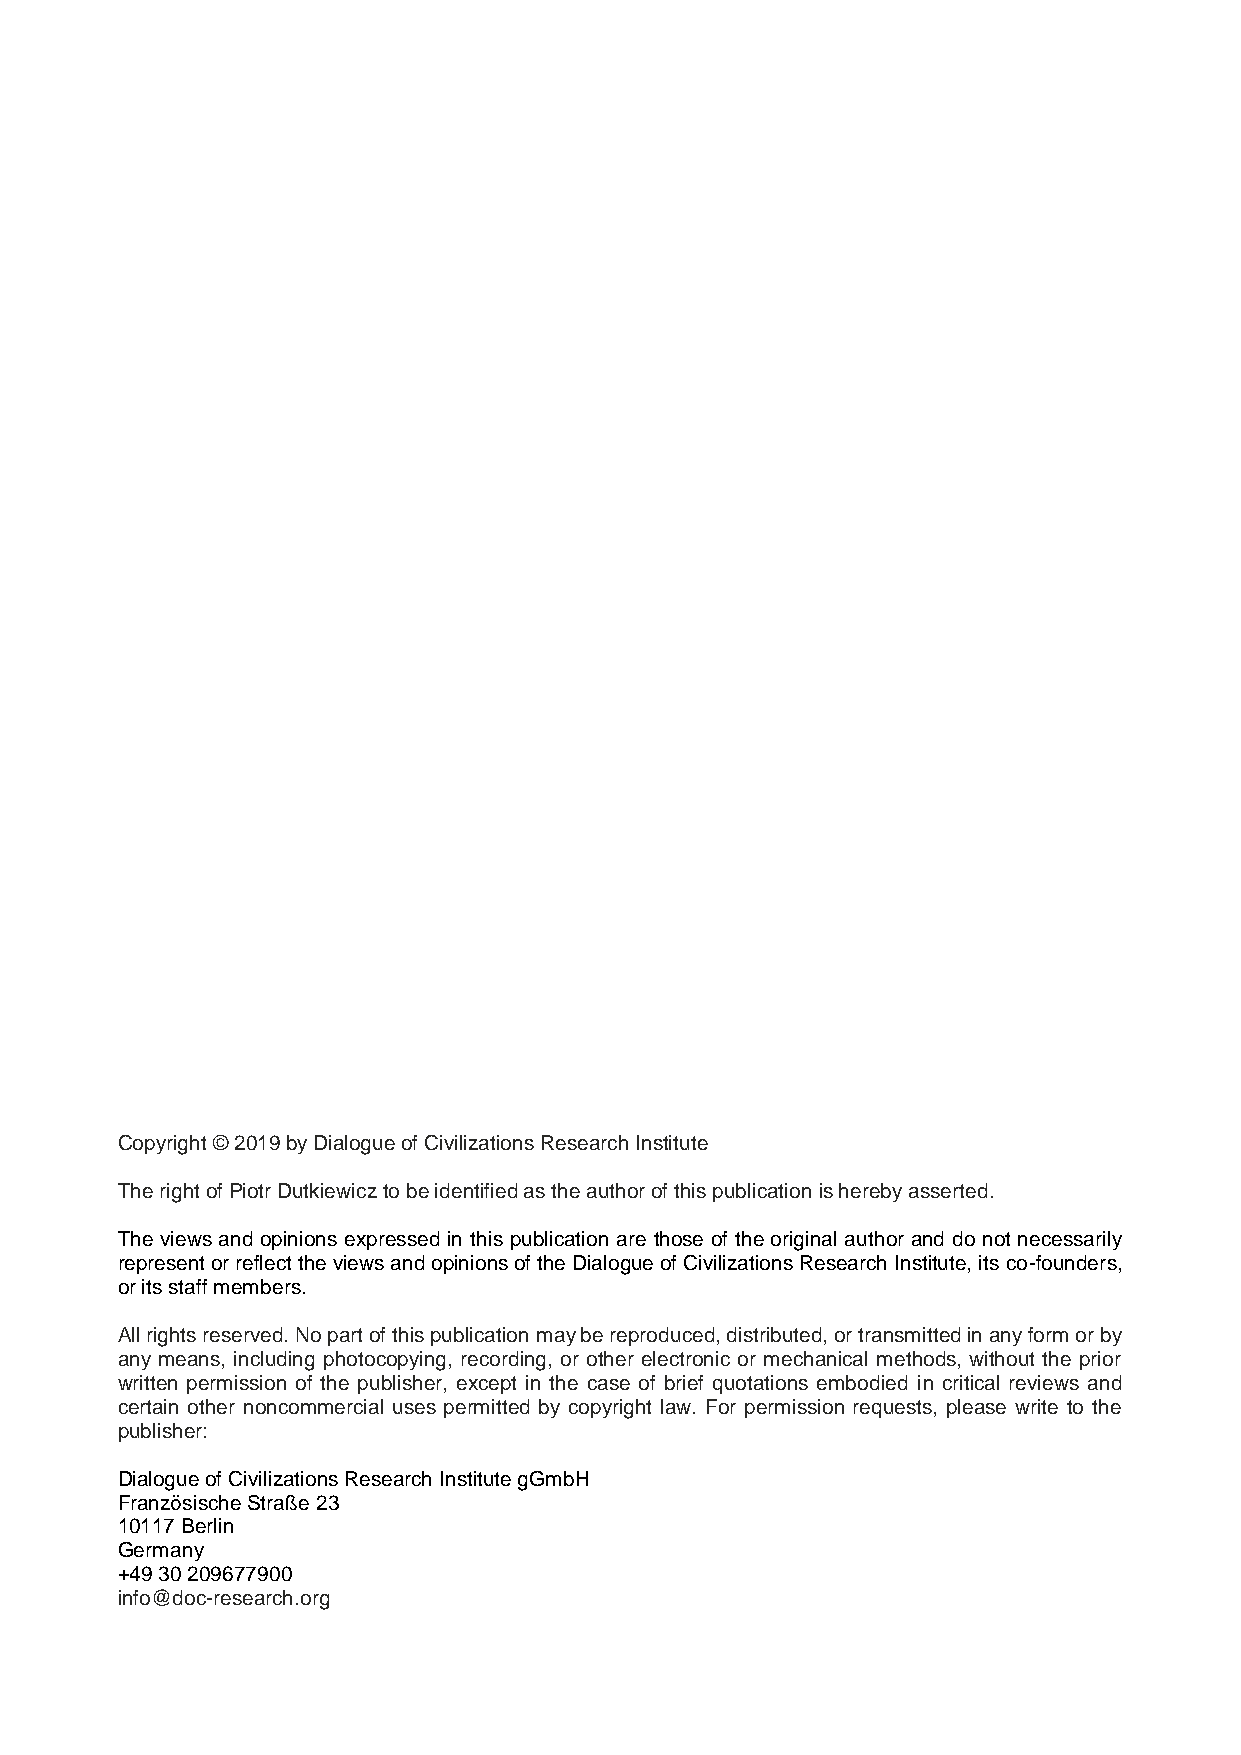
Copyright © 2019 by Dialogue of Civilizations Research Institute
 The right of Piotr Dutkiewicz to be identified as the author of this publication is hereby asserted.
 The views and opinions expressed in this publication are those of the original author and do not necessarily
 represent or reflect the views and opinions of the Dialogue of Civilizations Research Institute, its co-founders,
 or its staff members.
 All rights reserved. No part of this publication may be reproduced, distributed, or transmitted in any form or by
 any means, including photocopying, recording, or other electronic or mechanical methods, without the prior
 written permission of the publisher, except in the case of brief quotations embodied in critical reviews and
 certain other noncommercial uses permitted by copyright law. For permission requests, please write to the
 publisher:
 Dialogue of Civilizations Research Institute gGmbH
 Französische Straße 23
 10117 Berlin
 Germany
 +49 30 209677900
 info@doc-research.org